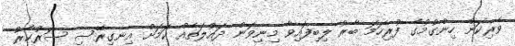
ވެރިކަން ހިންގުމުގެ ފުރިހަމަ ބާރު ލިބިފައިވާ މިނިވަން ދައުލަތެއް ކަމަށް އިނގިރޭސި ސަރުކާރު